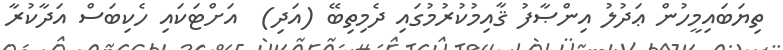
ތިޔަބައިމީހުން ޢަދުލު އިންޞާފު ޤާއިމުކުރުމުގައި ދެމިތިބޭ (އަދި)  އަށްޓަކައި ހެކިބަސް އަދާކުރާ